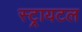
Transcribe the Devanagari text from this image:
स्ट्रायटल